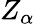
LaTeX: Z_{\alpha}